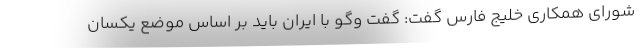
شورای همکاری خلیج فارس گفت: گفت وگو با ایران باید بر اساس موضع یکسان